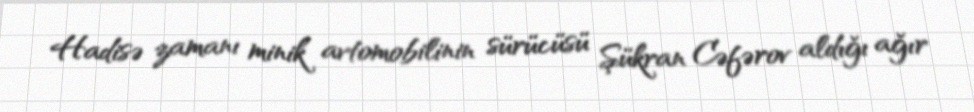
Hadisə zamanı minik avtomobilinin sürücüsü Şükran Cəfərov aldığı ağır